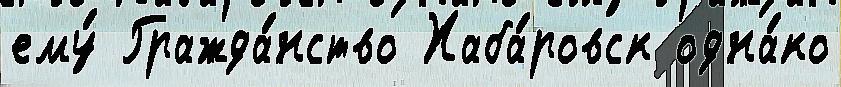
ему́ Гражда́нство Хаба́ровск одна́ко